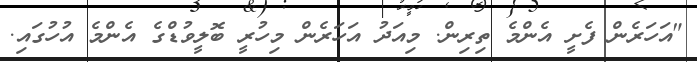
"އަހަރެން ފެށީ އެންމެ ތިރިން. މިއަދު އަހަރެން މިހުރީ ބޮލީވުޑްގެ އެންމެ އުހުގައި.